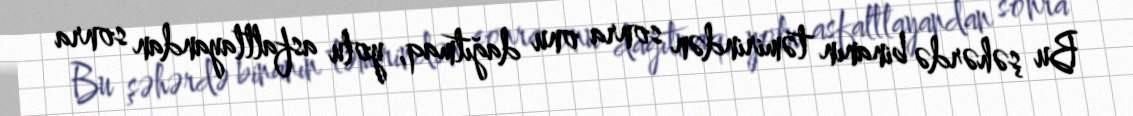
Bu şəhərdə binanın təmirindən sonra onu dağıtmaq, yolu asfaltlayandan sonra